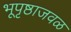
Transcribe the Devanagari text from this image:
भूपृष्ठाजवळ